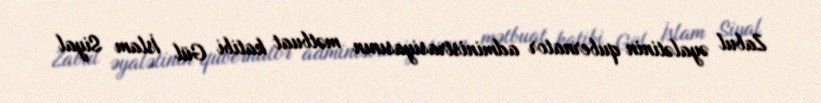
Zabul əyalətinin qubernator administrasiyasının mətbuat katibi Gül İslam Siyal